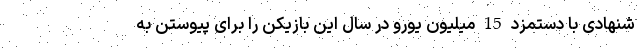
شنهادی با دستمزد 15 میلیون یورو در سال این بازیکن را برای پیوستن به